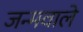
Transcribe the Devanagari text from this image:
जन्मवाले